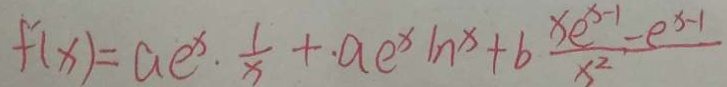
f ^ { \prime } ( x ) = a e ^ { x } \cdot \frac { 1 } { x } + a e ^ { x } \ln x + b \frac { x e ^ { x - 1 } - e ^ { x - 1 } } { x ^ { 2 } }